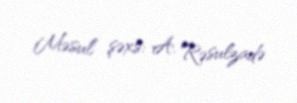
Məsul şəxs: A. Rəsulzadə